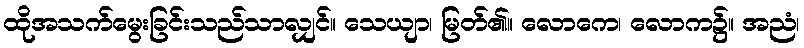
ထိုအသက်မွေးခြင်းသည်သာလျှင်။ သေယျာ၊ မြတ်၏။ လောကေ၊ လောက၌။ အညံ၊